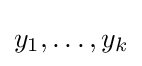
y_{1},\dots ,y_{k}